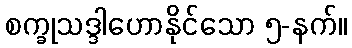
စက္ခုသဒ္ဒါဟောနိုင်သော ၅-နက်။